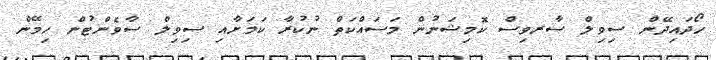
ހޯދައިދޭން ސިވިލް ސާރވިސް ކޮމިޝަނުން މަސައްކަތް ނުކުރާ ކަމަށާއި ސިވިލް ސާވެންޓުން ހިމޭން